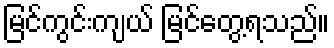
မြင်ကွင်းကျယ် မြင်တွေ့ရသည်။